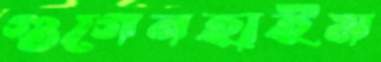
গুগেনহাইম